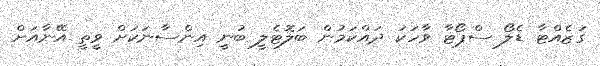
ގަޒެއްޓާ ޑެލޯ ސްޕޯޓާ ވާހަކަ ދައްކަމުން ބަލޮޓެލީ ބުނީ އިންސާނަކަށް ވީތީ އޭނާއަށް